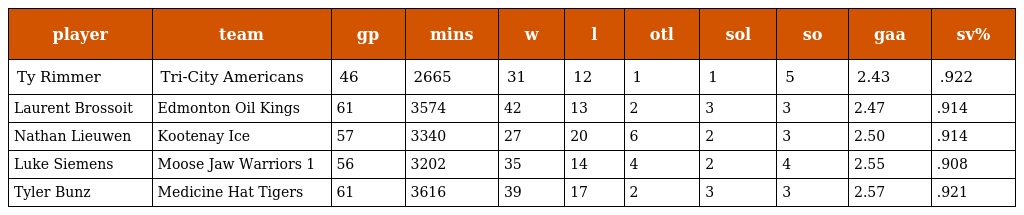
| player | team | gp | mins | w | l | otl | sol | so | gaa | sv% |
 | --- | --- | --- | --- | --- | --- | --- | --- | --- | --- | --- |
 | Ty Rimmer | Tri-City Americans | 46 | 2665 | 31 | 12 | 1 | 1 | 5 | 2.43 | .922 |
 | Laurent Brossoit | Edmonton Oil Kings | 61 | 3574 | 42 | 13 | 2 | 3 | 3 | 2.47 | .914 |
 | Nathan Lieuwen | Kootenay Ice | 57 | 3340 | 27 | 20 | 6 | 2 | 3 | 2.50 | .914 |
 | Luke Siemens | Moose Jaw Warriors 1 | 56 | 3202 | 35 | 14 | 4 | 2 | 4 | 2.55 | .908 |
 | Tyler Bunz | Medicine Hat Tigers | 61 | 3616 | 39 | 17 | 2 | 3 | 3 | 2.57 | .921 |